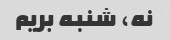
نه، شنبه بریم